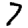
Digit: 7